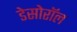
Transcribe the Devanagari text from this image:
डेसोरॉल